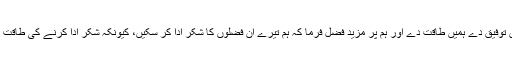
اس لئے ہمیں توفیق دے ہمیں طاقت دے اور ہم پر مزید فضل فرما کہ ہم تیرے ان فضلوں کا شکر ادا کر سکیں، کیونکہ شکر ادا کرنے کی طاقت بھی اے خدا!